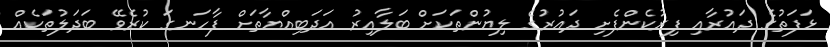
ޅަފަތުގެ ދައުރާއި ފިރުކެންފެށި ދައުރުގެ ލިޔުންތަކަށް ބަލާއިރު އަދަބިއްޔާތަށް ފާހަނގަ ކުރެވޭ ބަދަލުތަކެއް